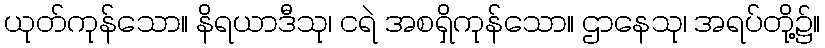
ယုတ်ကုန်သော။ နိရယာဒီသု၊ ငရဲ အစရှိကုန်သော။ ဌာနေသု၊ အရပ်တို့၌။